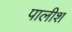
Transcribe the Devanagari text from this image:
पालीश